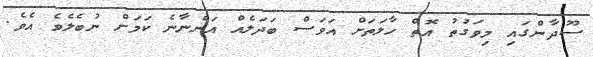
ސޫދާންގައި މިވަގުތު އޮތް ހާލަތަށް އަވަސް ބަދަލެއް އަންނާނެ ކަމަށް ނުބެލެވެ އެވެ.